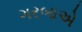
ગરબાએ